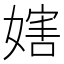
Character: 𡟲